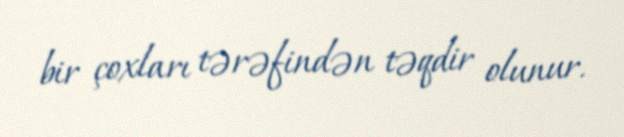
bir çoxları tərəfindən təqdir olunur.